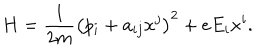
H = \frac { 1 } { 2 m } \left( p _ { i } + a _ { i j } x ^ { j } \right) ^ { 2 } + e E _ { i } x ^ { i } .